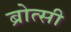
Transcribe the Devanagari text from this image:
ब्रोत्सी